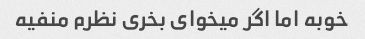
خوبه اما اگر میخوای بخری نظرم منفیه